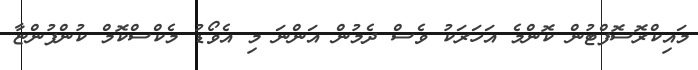
މައިކްރޮސޮފްޓުން ކޮންމެ އަހަރަކު ވެސް ދެމުން އަންނަ މި އެވޯޑު މެކްސްކޮމް ކުންފުންޏާ